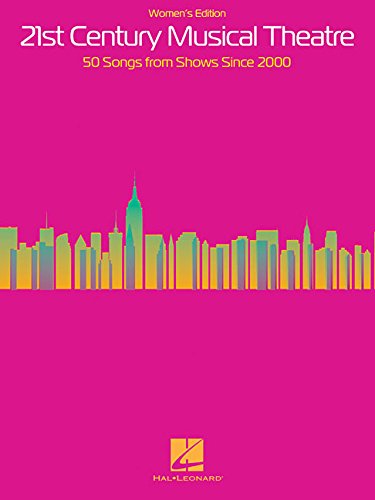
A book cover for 21st Century Musical Theatre - Women's Edition: 50 Songs from Shows Since 2000; Humor & Entertainment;